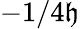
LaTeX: -1/4\mathfrak{h}